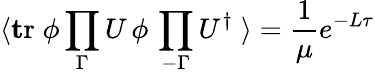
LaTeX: \langle\mathrm{\mathbf tr}\; \phi\prod_{\Gamma}U\, \phi\, \prod_{-\Gamma}U^{\dagger}\; \rangle={\frac{1}{\mu}}e^{-L\tau}